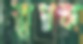
স্থাপক